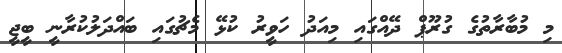
މި މުބާރާތުގެ ގުރޫޕް ދޭއްގައި މިއަދު ހަވީރު ކުޅޭ މެޗުގައި ބައްދަލުކުރާނީ ބީޖީ